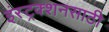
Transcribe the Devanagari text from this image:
इंस्ट्रक्शनसाठी